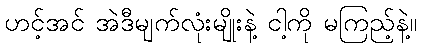
ဟင့်အင် အဲဒီမျက်လုံးမျိုးနဲ့ ငါ့ကို မကြည့်နဲ့။